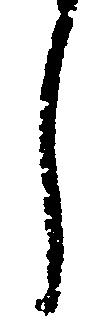
し